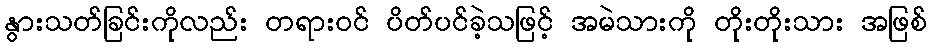
နွားသတ်ခြင်းကိုလည်း တရားဝင် ပိတ်ပင်ခဲ့သဖြင့် အမဲသားကို တိုးတိုးသား အဖြစ်